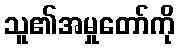
သူ၏အမှုတော်ကို